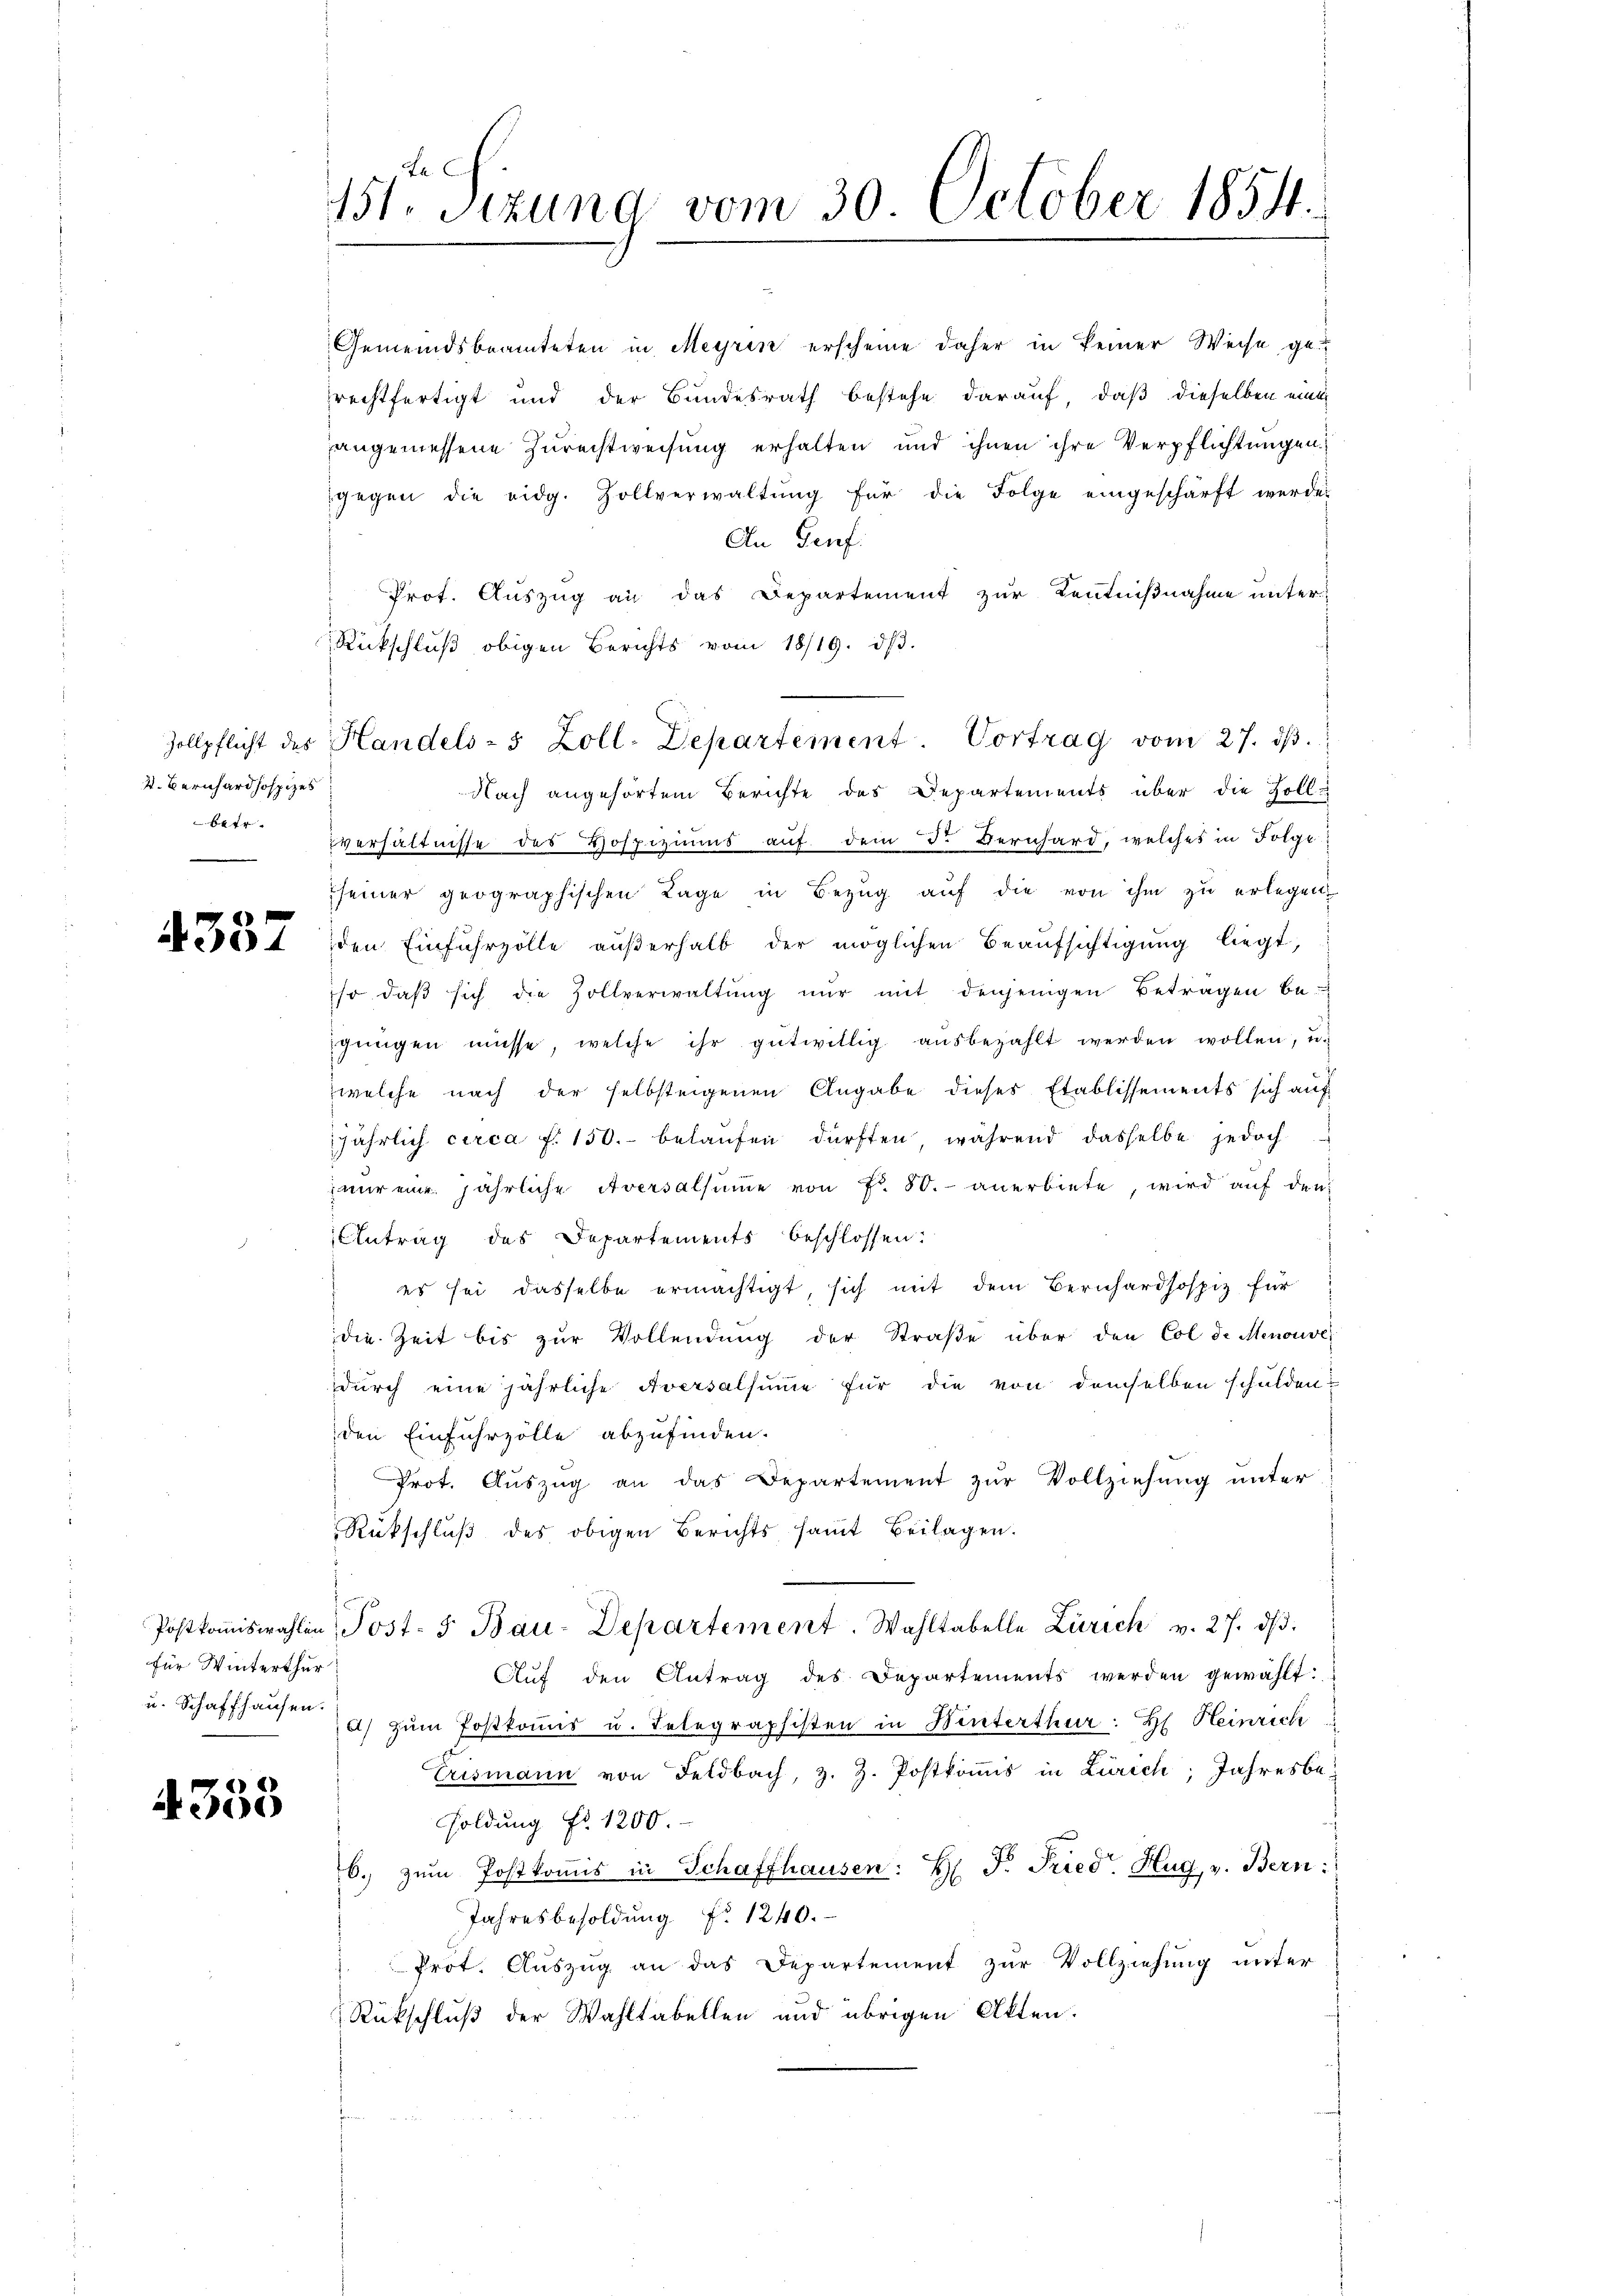
s. Bernhardhospizes
+

f

für Winterthur

4353

La
151. Stund vom 30. October 1854.

Gemeindsbeamteten in Meyrin erscheine daher in keiner Weise ge-
rechtfertigt und der Bundesrath bestehe darauf, daß dieselben eine
angemessene Zurechtweisung erhalten und ihnen ihre Verpflichtungen
gegen die eidg. Zollverwaltŭng für die Folge eingeschärft werde.
An Genf.
Prot. Auszug an das Departement zur Kenntnißnahme unter¬
Rückschluß obigen Berichts vom 18/19. dβ.
verhältnisse des Hospiziums auf dem 3. Bernhard, welches in Folge
seiner geographischen Tage in Bezug auf die von ihm zu erlegen
Ao 16 t den Einfuhrzölle außerhalb der möglichen Beaufsichtigung liegt,
sso daβ sich die Zollverwaltŭng nŭr mit denjenigen Betragen be-
gingen müsse, welche ihr gutwillig aŭsbezahlt werden wollen, u.
welche nach der selbsteigenen Angabe dieses Etablissements sich auf
jährlich circa f. 150.- belaŭfen dürften, während dasselbe jedoch
nŭr eine jährliche Aversalsŭṁe von Fr. 80. anerbiete, wird auf den
Antrag des Departements beschlossen:
es sei dasselbe ermächtigt, sich mit dem Bernhardhospiz für
die Zeit bis zŭr Vollendŭng der Straβe über den Col de Menouve
durch eine jährliche Aversalsumme für die von demselben schulden
den Einfuhrzölle abzufinden.
Prot. Aŭszŭg an das Departement zŭr Vollziehung unter
Rückschlŭβ des obigen Berichts samt Beilagen.
Postkomiswahlen, Post- 5. Bau-Departement. Wahltabelle Zürich v. 27. dβ.
Aŭf den Antrag des Departements werden gewählt:
u. Schaffhausen u zŭm Postkommis u. Telegraphisten in Winterthur: H. Heinrich
Erismann von Feldbach, z. Z. Postkoṁis in Zürich, Jahresbesoldung Nr. 1200.
6. zŭm Postkoṁis in Schaffhausen: H. F. Fried. Hug, v. Bern:
Jahresbesoldung f. 1240.
Prot. Auszug an das Departement zur Vollziehung unter
Rückschluß der Wahltabellen und übrigen Akten.

Zollpflicht des Handels- 5 Zoll-Departement. Vortrag vom 27. dβ.
Nach angehörten Berichte des Departements über die Zoll-